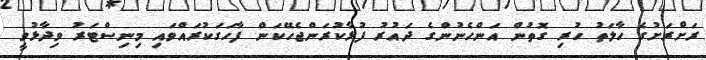
ރަށްރަށުގެ ހާލަތު ހުރި ގޮތުން އަންހެނުންގެ ދައުރު ފުޅާކުރަންޖެހޭކަން ފާހަގަކުރައްވައި މިނިސްޓަރު ވިދާޅުވީ